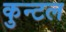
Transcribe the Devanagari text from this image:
कुन्टल